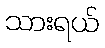
သားရယ်